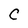
Character: C